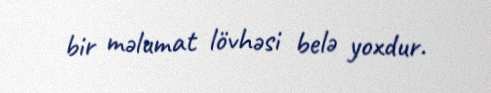
bir məlumat lövhəsi belə yoxdur.